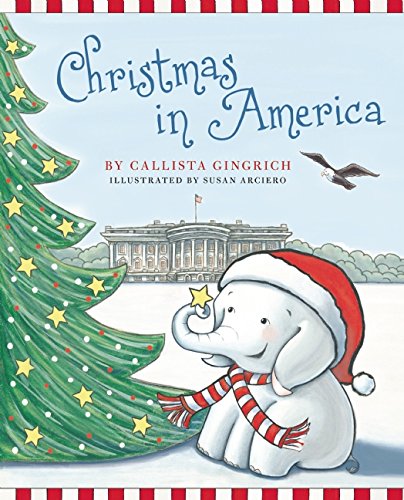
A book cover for Christmas in America (Ellis the Elephant); Callista Gingrich; Children's Books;